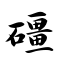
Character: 礓